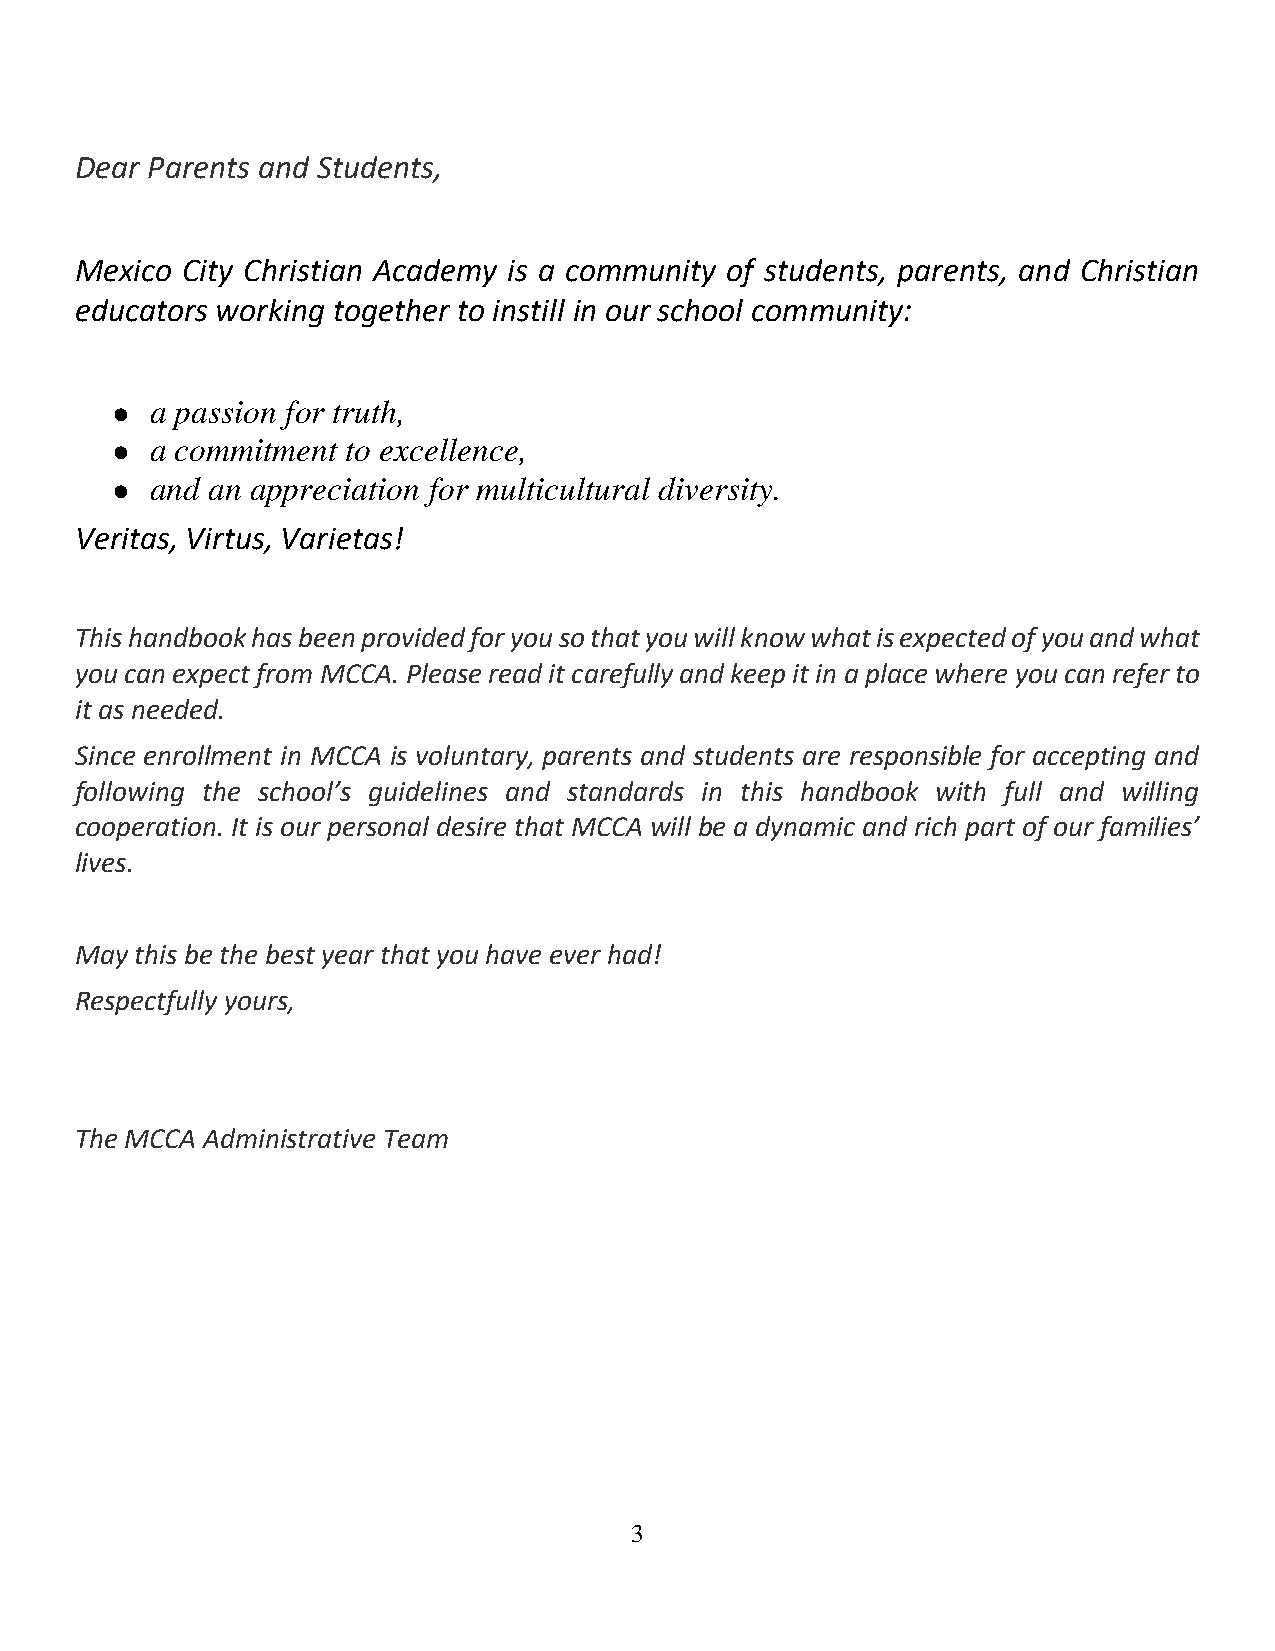
Dear Parents and Students,
 Mexico City Christian Academy is a community of students, parents, and Christian
 educators working together to instill in our school community:
 ●  a passion for truth,
 ●  a commitment to excellence,
 ●  and an appreciation for multicultural diversity.
 Veritas, Virtus, Varietas!
 This handbook has been provided for you so that you will know what is expected of you and what
 you can expect from MCCA. Please read it carefully and keep it in a place where you can refer to
 it as needed.
 Since enrollment in MCCA is voluntary, parents and students are responsible for accepting and
 following the school’s guidelines and standards in this handbook with full and willing
 cooperation. It is our personal desire that MCCA will be a dynamic and rich part of our families’
 lives.
 May this be the best year that you have ever had!
 Respectfully yours,
 The MCCA Administrative Team
 3